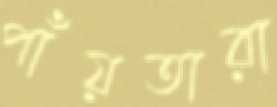
পাঁয়তারা